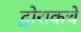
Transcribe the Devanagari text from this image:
द्वोराकचे